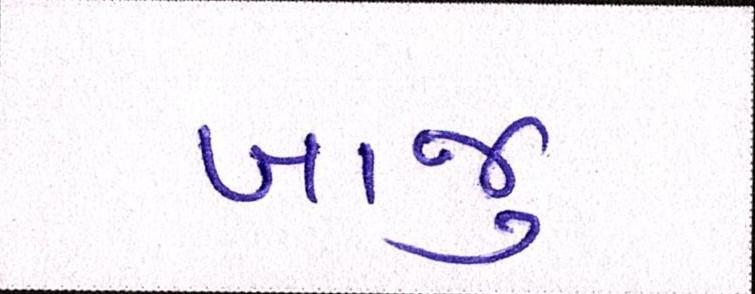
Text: બાજુ